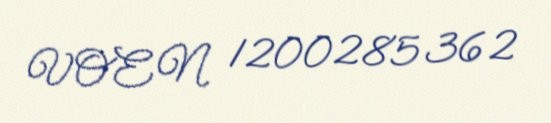
VOEN 1200285362